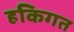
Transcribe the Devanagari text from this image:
हकिगत